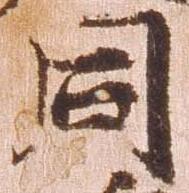
同